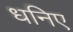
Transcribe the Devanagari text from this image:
धनिए